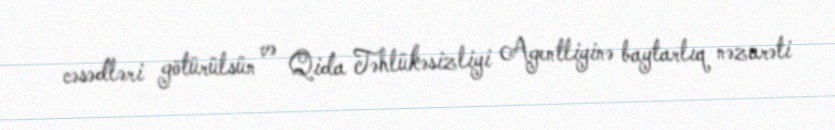
cəsədləri götürülsün və Qida Təhlükəsizliyi Agentliyinə baytarlıq nəzarəti